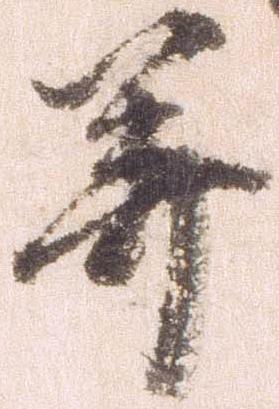
美